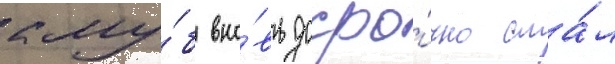
клу́б вно́вь досро́чно ста́л